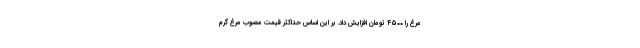
مرغ را ۴۵۰۰ تومان افزایش داد. بر این اساس حداکثر قیمت مصوب مرغ گرم